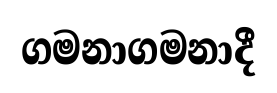
ගමනාගමනාදී